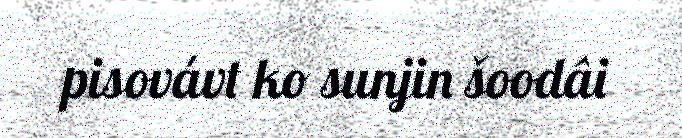
pisovávt ko sunjin šoodâi